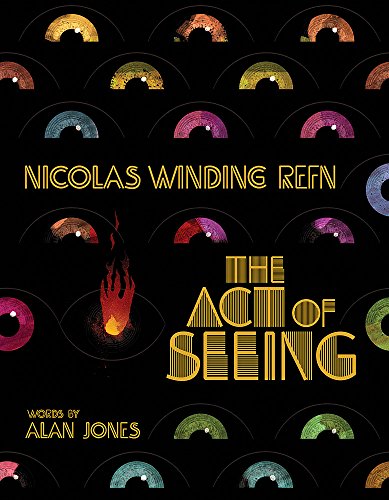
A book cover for Nicolas Winding Refn: The Act of Seeing; Alan Jones; Humor & Entertainment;